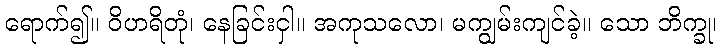
ရောက်၍။ ဝိဟရိတုံ၊ နေခြင်းငှါ။ အကုသလော၊ မကျွမ်းကျင်ခဲ့။ သော ဘိက္ခု၊